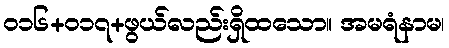
၀၁၆+၀၁၇+ဖွယ်လည်းရှိထသော။ အမရံနာမ၊